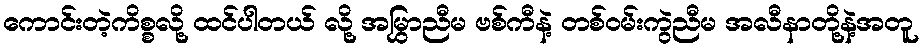
ကောင်းတဲ့ကိစ္စလို့ ထင်ပါတယ် လို့ အမြွှာညီမ ဗစ်ကီနဲ့ တစ်ဝမ်းကွဲညီမ အလီနာတို့နဲ့အတူ